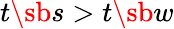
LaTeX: t\sb s>t\sb w